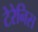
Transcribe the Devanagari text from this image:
टेरेनिस